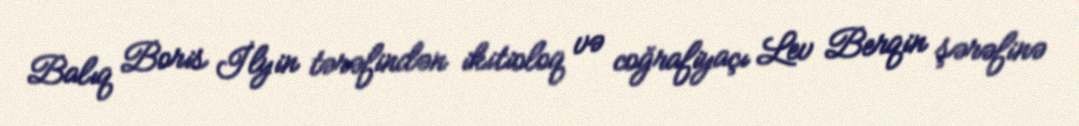
Balıq Boris İlyin tərəfindən ikitioloq və coğrafiyaçı Lev Berqin şərəfinə